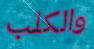
والكلب